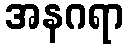
အနဂရာ